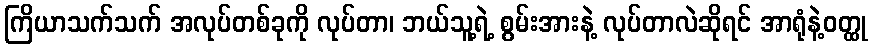
ကြိယာသက်သက် အလုပ်တစ်ခုကို လုပ်တာ၊ ဘယ်သူ့ရဲ့ စွမ်းအားနဲ့ လုပ်တာလဲဆိုရင် အာရုံနဲ့ဝတ္ထု